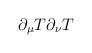
LaTeX: \begin{align*} \partial_{\mu}T\partial_{\nu}T\end{align*}